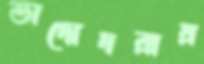
ভাদোদরায়